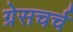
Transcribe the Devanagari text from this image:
ग्रेसचर्च